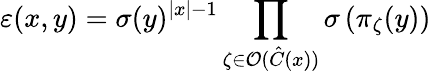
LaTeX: \varepsilon(x,y)=\sigma(y)^{\left|x\right|-1}\prod_{\zeta\in\mathcal{O}(\hat{C}(x))}\sigma\left(\pi_{\zeta}(y)\right)